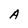
Character: A